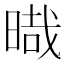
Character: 𣈻